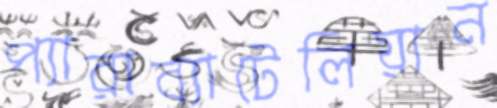
প্যারাব্যাটেলিয়ান